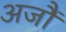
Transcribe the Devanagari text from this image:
अजौं